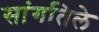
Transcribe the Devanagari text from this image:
सांगतिले